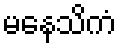
မနေသိကံ